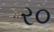
ર૦